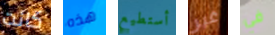
كانت هذه أستطيع غير في